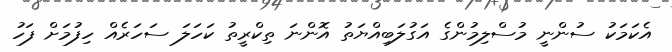
އެކަމަކު ސުންނީ މުސްލިމުންގެ އަގުލަބިއްޔަތު އޮންނަ ތިކްރީތު ކަހަލަ ސަހަރެއް ހިފުމަށް ފަހު